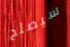
سيصلح